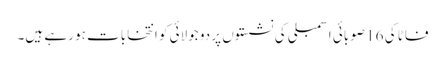
فاٹا کی 16 صوبائی اسمبلی کی نشستوں پر دو جولائی کو انتخابات ہو رہے ہیں۔